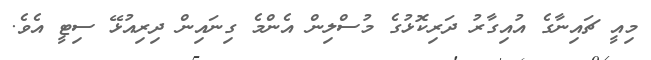
މިއީ ޗައިނާގެ އުއިގާރު ދަރިކޮޅުގެ މުސްލިން އެންމެ ގިނައިން ދިރިއުޅޭ ސިޓީ އެވެ.